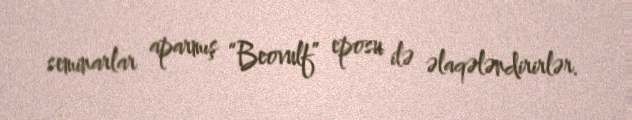
seminarlar aparmış “Beovulf” eposu ilə əlaqələndirirlər.